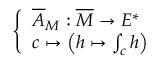
\left\{ \begin{array} { l l } { { \overline { { A } } } _ { M } : { \overline { { M } } } \to E ^ { * } } \\ { c \mapsto \left( h \mapsto \int _ { c } h \right) } \end{array} \right.